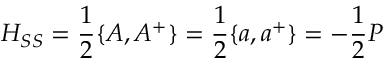
H _ { S S } = \frac { 1 } { 2 } \{ A , A ^ { + } \} = \frac { 1 } { 2 } \{ a , a ^ { + } \} = - \frac { 1 } { 2 } P